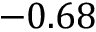
- 0 . 6 8